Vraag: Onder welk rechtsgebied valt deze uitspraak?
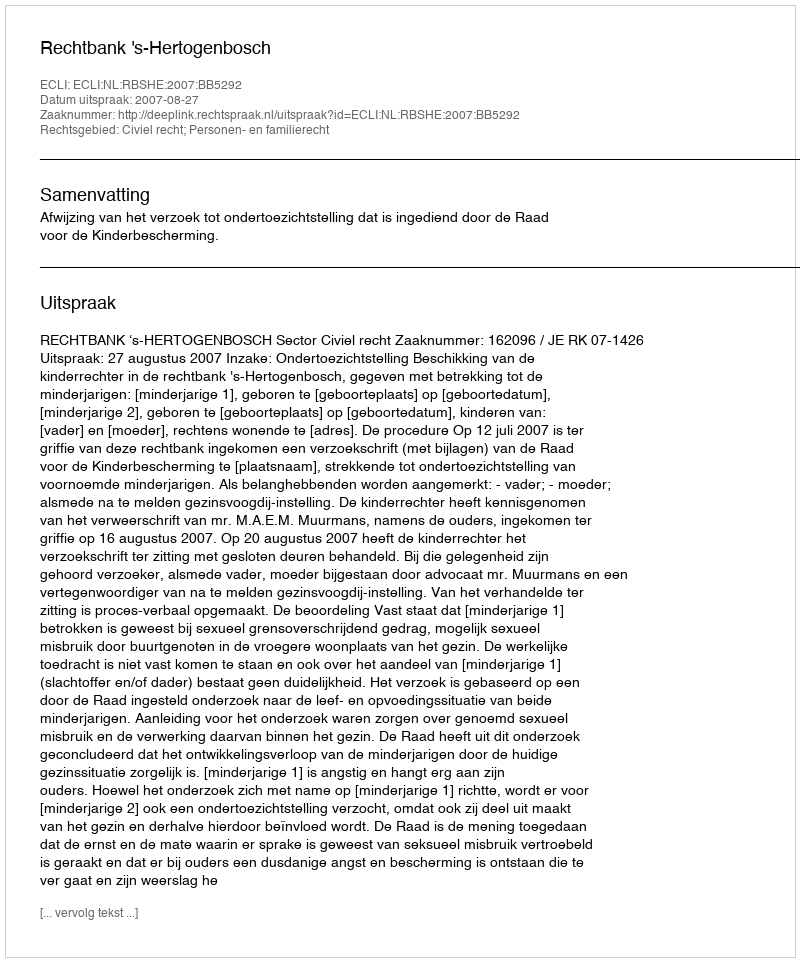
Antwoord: Civiel recht; Personen- en familierecht